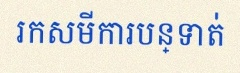
រកសមីការបន្ទាត់